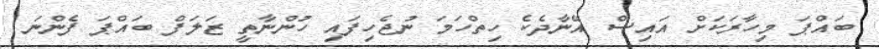
ބައްޕަ މިހާރަކަށް އައިސް އޭނާދެކެ ހިތްހަމަ ނުޖެހިފައި ހުންނާތީ ޒަލަފް ބައްޕަ ފެންނަ